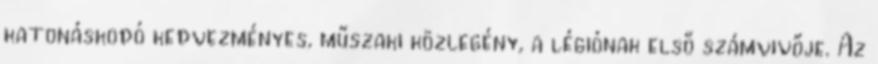
katonáskodó kedvezményes, műszaki közlegény, a légiónak első számvivője. Az